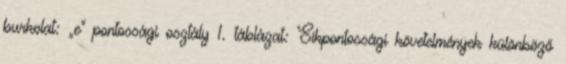
burkolat: „e” pontossági osztály 1. táblázat: Síkpontossági követelmények különböző